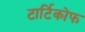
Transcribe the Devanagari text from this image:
टार्टिकोफ